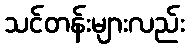
သင်တန်းများလည်း